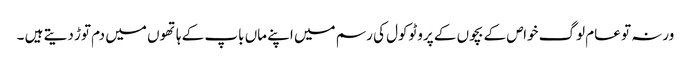
ورنہ تو عام لوگ خواص کے بچوں کے پروٹوکول کی رسم میں اپنے ماں باپ کے ہاتھوں میں دم توڑ دیتے ہیں ۔